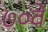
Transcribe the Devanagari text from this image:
७०वे